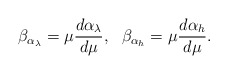
\begin{align*}\beta_{\alpha_{\lambda}}=\mu\frac{d\alpha_{\lambda}}{d\mu},~~\beta_{\alpha_{h}}=\mu\frac{d\alpha_{h}}{d\mu}.\end{align*}